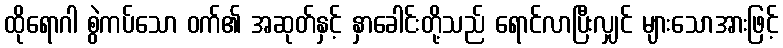
ထိုရောဂါ စွဲကပ်သော ဝက်၏ အဆုတ်နှင့် နှာခေါင်းတို့သည် ရောင်လာပြီးလျှင် များသောအားဖြင့်